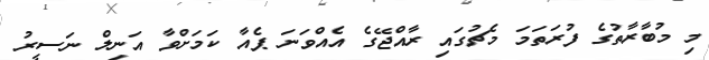
މި މުބާރާތުގެ ފުރަތަމަ މެޗުގައި ރާއްޖޭގެ އެއްވަނަ ޕެއާ ކަމަށްވާ އަނިލް ނަސީރު